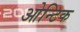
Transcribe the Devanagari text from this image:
ओन्टिक